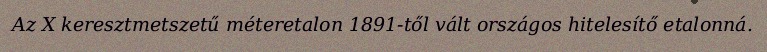
Az X keresztmetszetű méteretalon 1891-től vált országos hitelesítő etalonná.